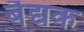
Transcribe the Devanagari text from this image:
बैद्यक